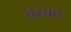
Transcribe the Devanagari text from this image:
प्रस्तत